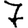
Digit: 7